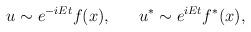
LaTeX: \begin{align*}u \sim e^{-iEt} f(x),~~~~~u^* \sim e^{iEt} f^*(x),\end{align*}